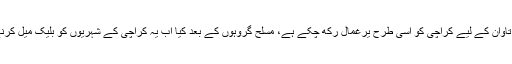
ایم کیو ایم کے مسلح گروہ تاوان کے لیے کراچی کو اسی طرح یرغمال رکھ چکے ہے، مسلح گروہوں کے بعد کیا اب یہ کراچی کے شہریوں کو بلیک میل کرنے کا کوئی نیا طریقہ ہے؟